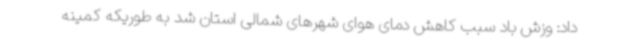
داد: وزش باد سبب کاهش دمای هوای شهرهای شمالی استان شد به طوریکه کمینه